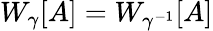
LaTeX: W_{\gamma}[A]=W_{\gamma^{-1}}[A]